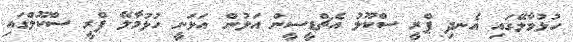
ހުޅުމާލޭގައި އެނދި ޕްރީ ސްކޫލު އެޗްޑީސީން އަލުން އަޅަނީ ހުޅުމާލޭ ޕްރީ ސްކޫލްގައި